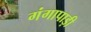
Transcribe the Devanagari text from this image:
गंगापाड़ी